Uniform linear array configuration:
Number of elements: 24
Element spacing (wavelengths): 0.5
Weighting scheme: uniform
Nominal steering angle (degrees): -30
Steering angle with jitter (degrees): -30.631
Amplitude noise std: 0.05
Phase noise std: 0.05

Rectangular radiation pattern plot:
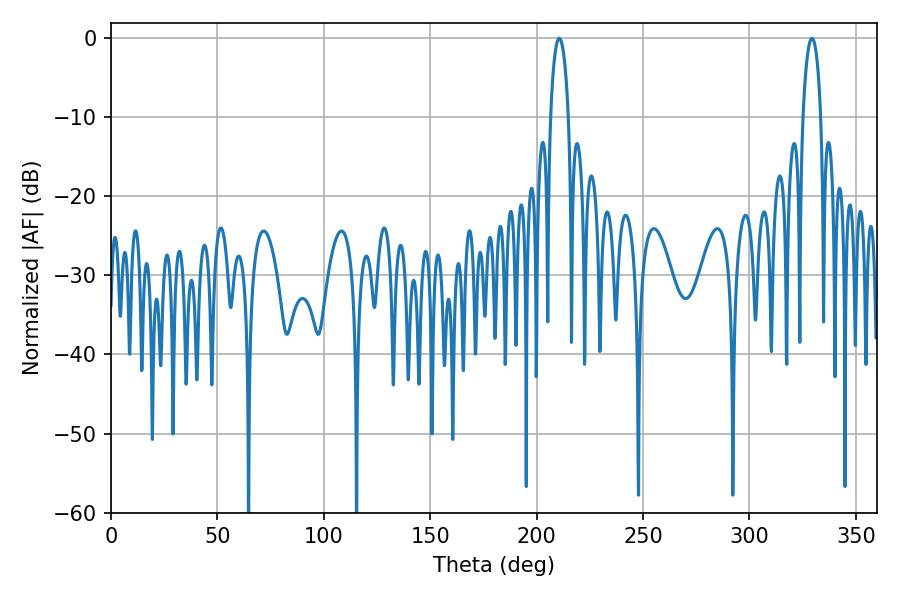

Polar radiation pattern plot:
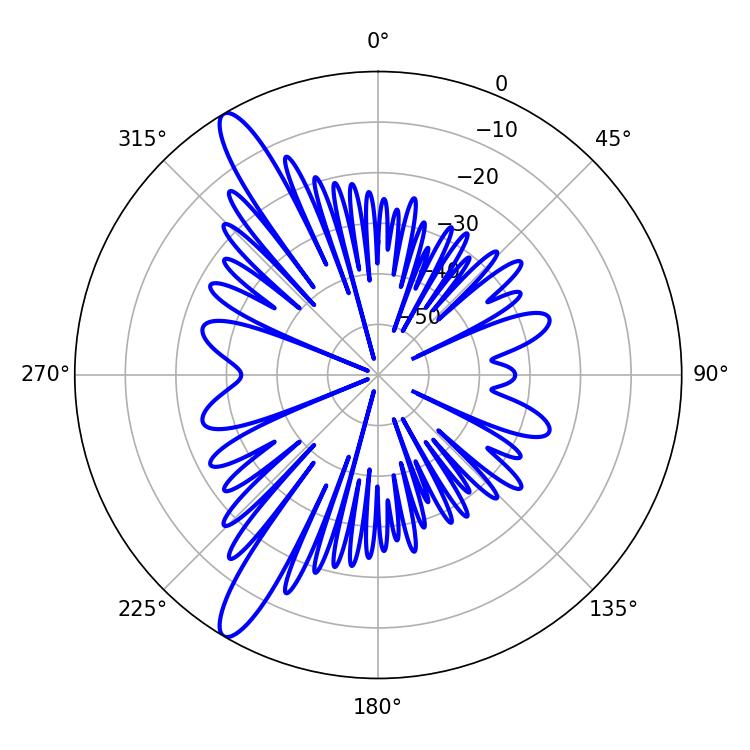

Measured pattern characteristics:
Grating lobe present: FALSE
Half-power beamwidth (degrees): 4.86
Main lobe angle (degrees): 210.6